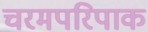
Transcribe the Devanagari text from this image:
चरमपरिपाक